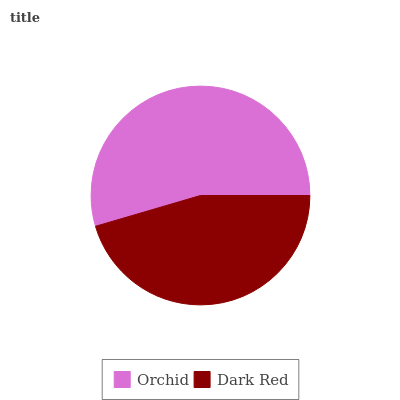
| Orchid | Dark Red |
 | --- | --- |
 | 54.5% | 45.5% |